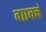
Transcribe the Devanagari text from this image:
गावचं